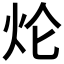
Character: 𤆢